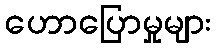
ဟောပြောမှုများ